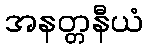
အနတ္တနီယံ